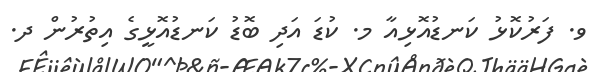
ވ. ފަރުކޮޅު ކަނޑުއޮޅިއާ މ. ކުޑަ އަދި ބޮޑު ކަނޑުއޮޅީގެ އިތުރުން ދ.